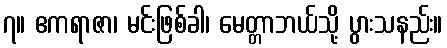
၇။ ဧကရာဇာ၊ မင်းဖြစ်ခါ၊ မေတ္တာဘယ်သို့ ပွားသနည်း။